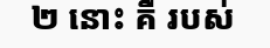
២ នោះ គឺ របស់